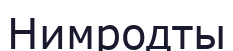
Нимродты